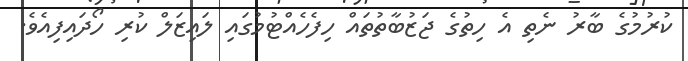
ކުރުމުގެ ބާރު ނެތި އެ ހިތުގެ ޖަޒުބާތުތައް ހިފެހެއްޓުމުގައި ލައިޒަލް ކުރި ހޯދައިފިއެވެ.